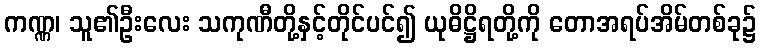
ကဏ္ဏ၊ သူ၏ဦးလေး သကုဏီတို့နှင့်တိုင်ပင်၍ ယုဓိဋ္ဌိရတို့ကို တောအရပ်အိမ်တစ်ခု၌